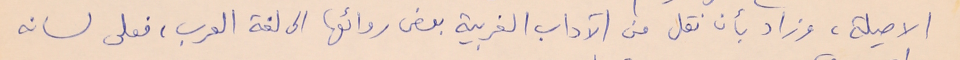
الاصيلة، وزاد بأن نقل من الآداب الغربية بعض روائها الى لغة العرب، فعلى لسانه